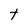
Character: t